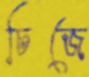
চিজে